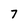
Character: 7